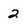
Character: 2